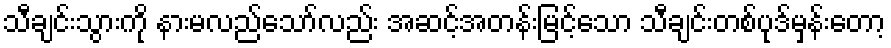
သီချင်းသွားကို နားမလည်သော်လည်း အဆင့်အတန်းမြင့်သော သီချင်းတစ်ပုဒ်မှန်းတော့